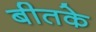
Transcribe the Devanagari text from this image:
बीतके